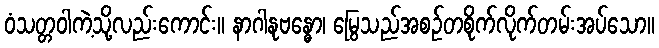
ဝံသတ္တဝါကဲ့သို့လည်းကောင်း။ နာဂါနုဗန္ဓော၊ မြွေသည်အစဉ်တစိုက်လိုက်တမ်းအပ်သော။